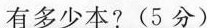
有多少本?(5分)